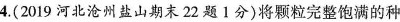
4.(2019河北沧州盐山期末22题Ⅰ分)将颗粒完整饱满的种